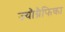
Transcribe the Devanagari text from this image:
ज्यौग्रैफिका